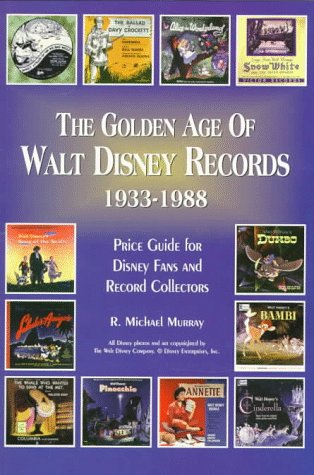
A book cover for The Golden Age of Walt Disney Records 1933-1988: Murray's Collectors' Price Guide and Discography : Lps/45 Rpm/78 Rpm/Eps; R. Michael Murray; Crafts, Hobbies & Home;